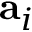
\mathbf { a } _ { i }